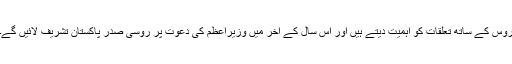
روس کے ساتھ تعلقات کو اہمیت دیتے ہیں اور اس سال کے آخر میں وزیراعظم کی دعوت پر روسی صدر پاکستان تشریف لائیں گے۔